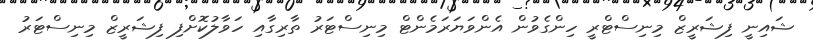
ޝައިނީ ފިޝަރީޒް މިނިސްޓްރީ ހިންގެވުން އެންވަޔަރަމެންޓް މިނިސްޓަރު ތާރިގާއި ހަވާލުކޮށްފި ފިޝަރީޒް މިނިސްޓަރު